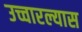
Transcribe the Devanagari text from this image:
उच्चारल्यास